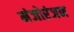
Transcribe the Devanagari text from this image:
मंजोरंजन